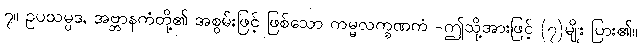
၇။ ဥပသမ္ပဒ, အဗ္ဘာနကံတို့၏ အစွမ်းဖြင့် ဖြစ်သော ကမ္မလက္ခဏကံ -ဤသို့အားဖြင့် (၇)မျိုး ပြား၏။